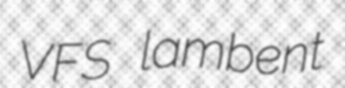
VFS lambent